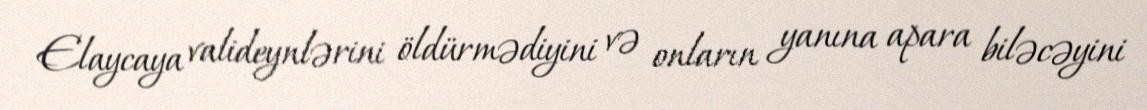
Elaycaya valideynlərini öldürmədiyini və onların yanına apara biləcəyini